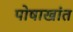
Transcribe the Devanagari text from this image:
पोषाखांत